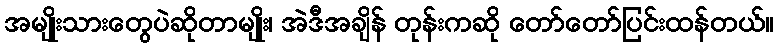
အမျိုးသားတွေပဲဆိုတာမျိုး၊ အဲဒီအချိန် တုန်းကဆို တော်တော်ပြင်းထန်တယ်။